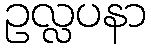
ဥလ္လပနာ